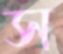
স